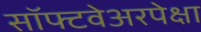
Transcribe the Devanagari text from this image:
सॉफ्टवेअरपेक्षा